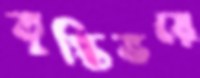
তৃপ্তিভরে